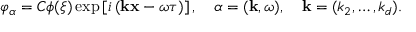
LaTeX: \varphi _ { \alpha } = C \phi ( \xi ) \exp \left[ i \left( { \bf k x } - \omega \tau \right) \right] , \quad \alpha = ( { \bf k } , \omega ) , \quad { \mathbf { k } } = ( k _ { 2 } , \ldots , k _ { d } ) .